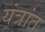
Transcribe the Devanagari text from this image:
यंत्रांत